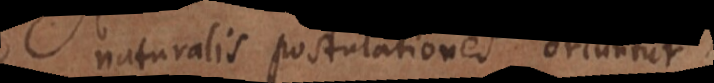
naturalis postulationes oriuntur.